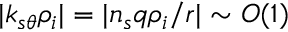
| k _ { s \theta } \rho _ { i } | = | n _ { s } q \rho _ { i } / r | \sim O ( 1 )